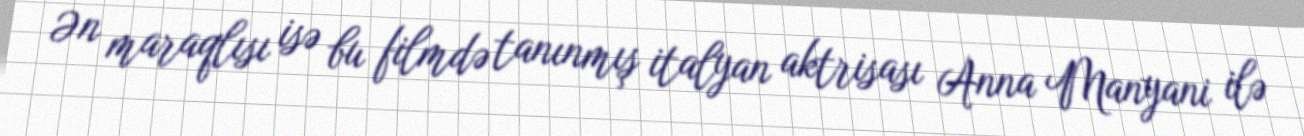
Ən maraqlısı isə bu filmdə tanınmış italyan aktrisası Anna Manyani ilə